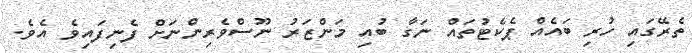
ތެރޭގައި ހުރި ބައެއް ޕެކެޓުތައް ނަގާ ބުއި މަންޒަރު ނޫސްވެރިންނަށް ފެނިފައިވެ އެވެ.